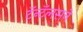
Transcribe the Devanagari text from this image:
टॅन्टॅलसने